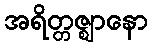
အရိတ္တဇ္ဈာနော